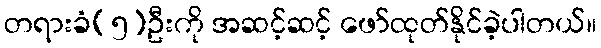
တရားခံ(၅)ဦးကို အဆင့်ဆင့် ဖော်ထုတ်နိုင်ခဲ့ပါတယ်။